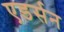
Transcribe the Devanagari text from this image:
एडर्सन